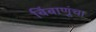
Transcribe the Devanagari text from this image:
बिंबाणूंचा